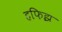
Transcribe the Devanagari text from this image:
हफिझ